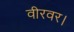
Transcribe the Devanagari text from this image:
वीरवर।